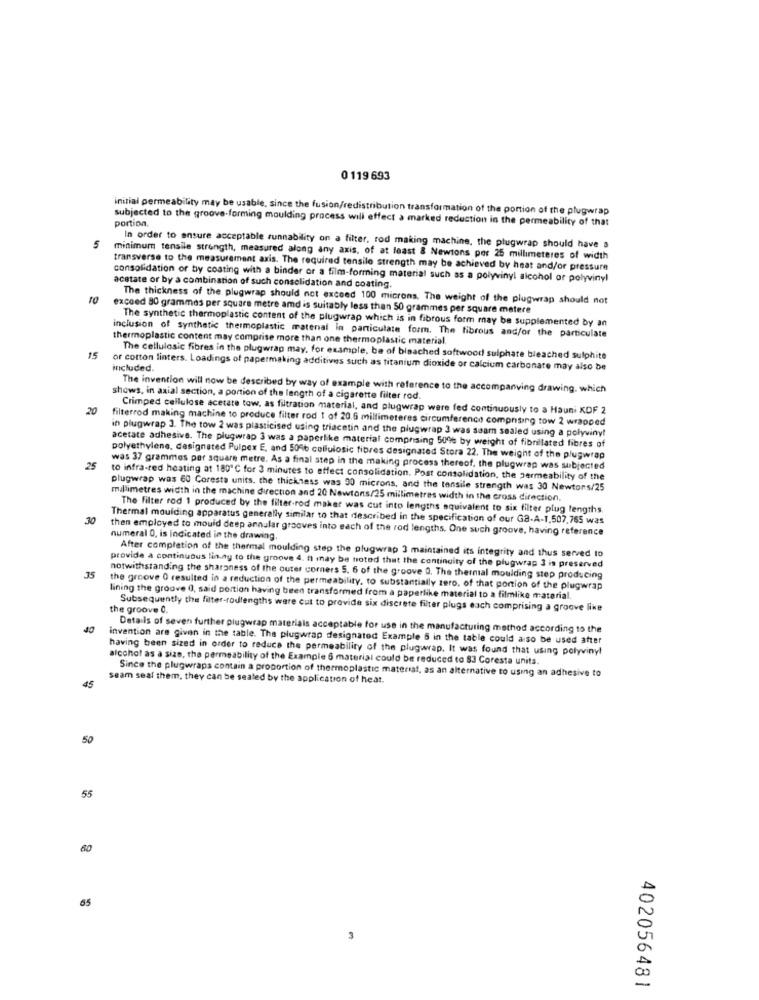
0 119 693
initial permeability may be usable, since the fusion/redistribution transformation of the portion of the plugwrap
subjected to the groove-forming moulding process will effect a marked reduction in the permeability of that
portion.
5
In order to ensure acceptable runnability on a filter, rod making machine, the plugwrap should have a
minimum tensile strength, measured along any axis, of at least & Newtons por 25 millimeteres of width
transverse to the measurement axis. The required tensile strength may be achieved by heat and/or pressure
consolidation of tiy coating with a binder or a film-forming material such as a polyvinyl alcohol or polyvinyl
acetate or by a combination of such consolidation and coating.
The thickness of the plugwrap should not exceed 100 microns. The weight of the plugwrap should not
10 exceed 80 grammes per square metre amd is suitably less than 50 grammes per square metere
The synthetic thermoplastic content of the plugwrap which is in fibrous form may be supplemented by an
inclusion of synthetic thermoplastic matenal in particulate form. The fibrous and/or the particulate
thermoplastic content may comprise more than one thermoplastic material.
15
The cellulosic fibres in the plugwrap may, for example, be of bisached softwood sulphate bleached sulphite
or cotton linters. Loadings of papermaking additives such as titanium dioxide or calcium carbonate may also be
included.
The invention will now be described by way of example with reference to the accompanying drawing, which
shows, in axial section, a portion of the length of a cigarette filter rod.
20
Crimped cellulose acetate tow, as filtration material, and plugwrap were fed continuously to a Hauni XDF 2
filterrod making machine to produce filter rod 1 of 20.6 millimeteres circumference compnting tow 2 wrapped
in plugwrap 3. The tow 2 was plasticised using triacetin and the plugwrap 3 was saam sealed using a polyviny!
acerate adhesive. The plugwrap 3 was a paperlike material comprising 50% by weight of fibrillated fibres of
polyethylene, designated Pulpex E, and 509% collulosic fibres designated Stora 22. The weight of the plugwrap
25
was 37 grammes per square metre. As a final step in the making process thereof, the plugwrap was subjected
to infra-red heating at 180℃ for 3 minutes to effect consolidation. Post consolidation, the permeability of the
plugwrap was 60 Coresta units, the thickness was 90 microns, and the tensile strength was 30 Newtors/25
millimetres width in the machine direction and 20 Newtons/25 millimetres width in the cross direction.
The filter rod 1 produced by the filter-rod maker was cut into lengths equivalent to six filter plug lengths.
30
Thermal moulding apparatus generally similar to that described in the specification of our Ga-A-1,507,765 was
then employed to mould deep annular grooves into each of the rod lengths. One such groove, having reference
numeral 0, is indicated in the drawing.
After completion of the thermal moulding step the plugwrap 3 maintained its integrity and thus served to
provide a continuous lin.ny to the groove 4. It may be noted that the continuity of the plugwrap 3 is preserved
35
notwithstanding the sharpness of the outer corners 5. 6 of the groove 0. The thernial moulding step producing
the groove O resulted in a reduction of the permeability, to substantially zero, of that portion of the plugwrap
lining the groove 0, said portion having been transformed from a paperlike material to a filmlike material.
the groove 0.
Subsequently the filter-rodlengths ware cut to provide six discrete filter plugs each comprising a groove like
40
Details of seven further plugwrap materials acceptable for use in the manufacturing method according to the
invention are given in the table. The plugwrap designated Example 6 in the table could also be used after
having been sized in order to reduce the permeability of the plugwrap. It was found that using polyvinyl
alcohol as a size, the permeability of the Example 6 material could be reduced to $3 Coresta units.
Since the plugwraps contain a proportion of thermoplastic material, as an alternative to using an adhesive to
seam seal them, they can be sealed by the application of heat.
45
50
55
60
65
3
402056481